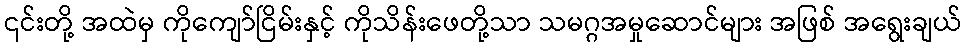
၎င်းတို့ အထဲမှ ကိုကျော်ငြိမ်းနှင့် ကိုသိန်းဖေတို့သာ သမဂ္ဂအမှုဆောင်များ အဖြစ် အရွေးချယ်